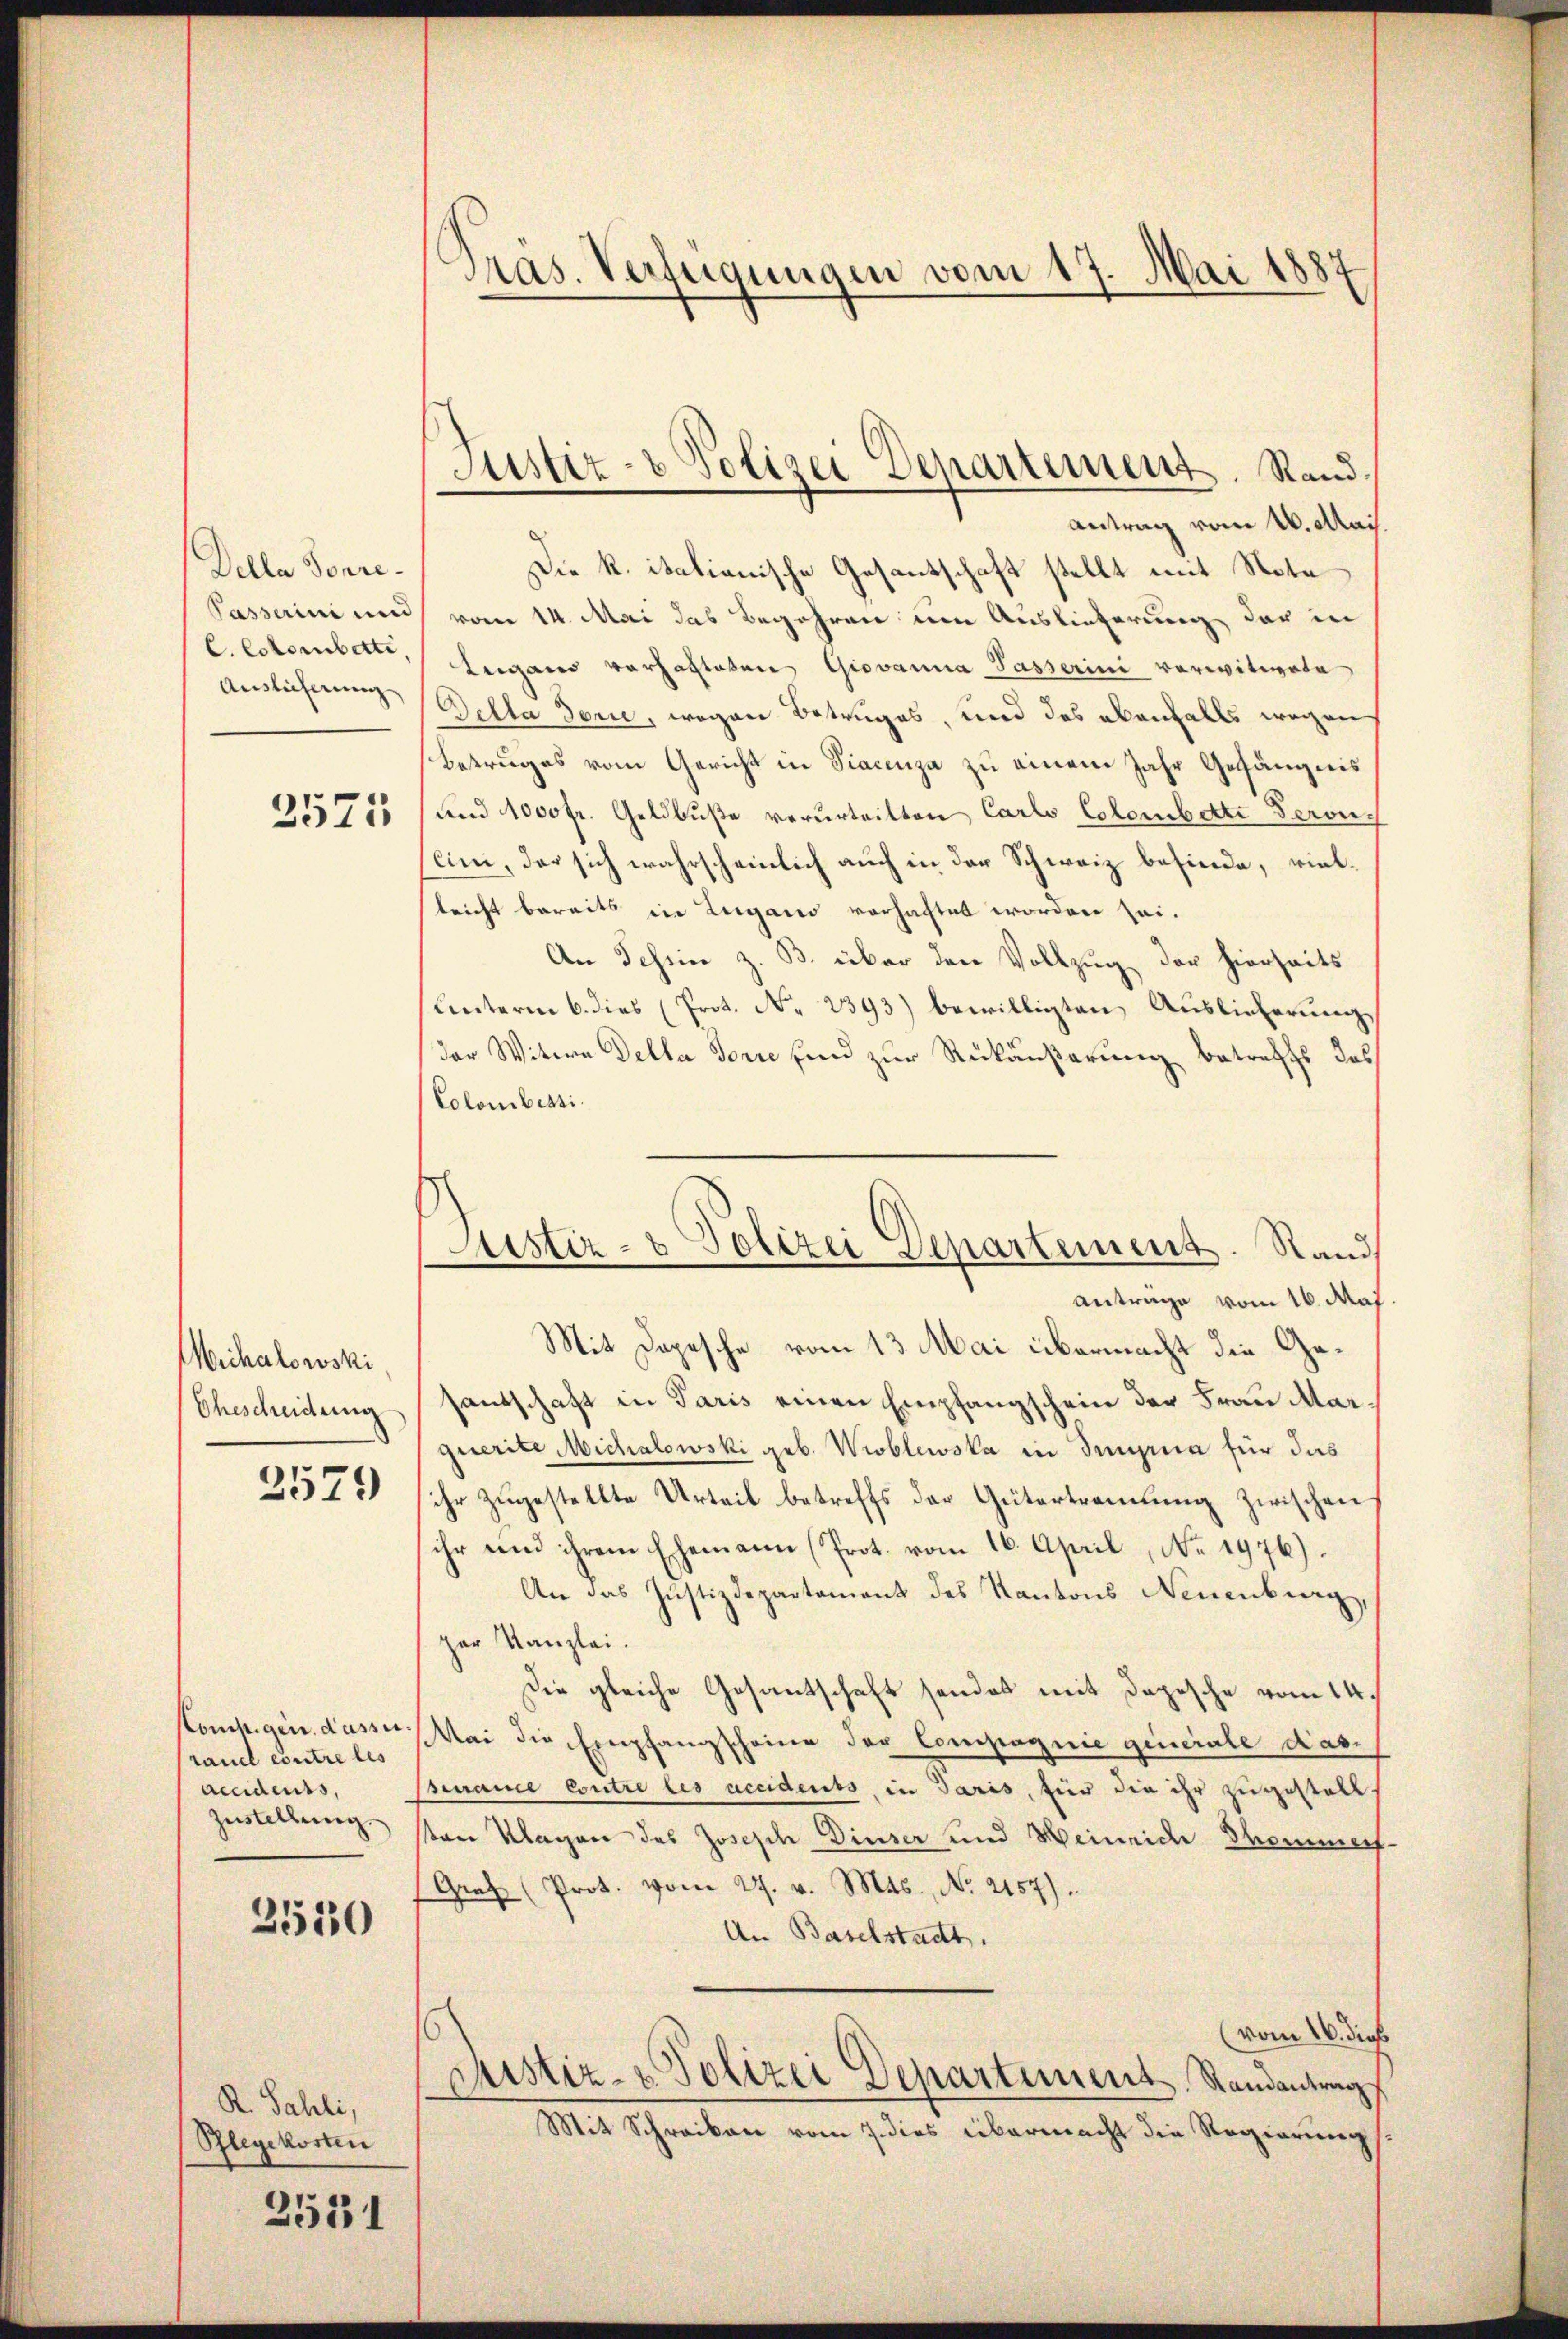
Della Ponre¬
C. Cctombetti
Auslicherung

2571

Mechalowski
Ehescheidung
2579

Komsigen. Dasse.
raudl contre les
accidents,
Zustellung.

2530

R. Sahli,
Plegekosten

2551

Präs. Verfügungen vom 17. Mai 1887

Antrag vom 16. Mai.
Die K. italianische Gesantschaft stellt mit Note
Passerini und vom 14. Mai das Begehren um Auslieferung der in
Lugano vorhalteten Giovanna Tasserini vorwitwete
Della Serie, wegen Betruges, und das ebenfalls wegen
Betruges vom Gericht in Fiacenza zu einem Jahr Gefängnis
und 1000 fr. Geldbuße verurteilten Carlo Esterbette Beron
cini, der sich wahrscheinlich auch in der Schweiz befinde, viellricht bereits in Lugano vorhaftet worden sei.
An Tessin z. B. über den Vollzug der hierseits
Unterm 6. dies (Prot. N. 2393) bewilligten Auslieferung
der Witwe Della Sorre sind zur Rückäußerung betreffs das
Colombersi
Anträge vom 16. Maj
Mit Depesche vom 13. Mai übermacht die Gesantschaft in Paris einen Empfangschein der Frau Marquerite Michalowski geb. Wisblewska in Tungrua für das
ihr zŭgestellte Urteil betreffs der Gütertrandlŭng zwischen
ihr und ihrem Ehemann (Prot. vom 16. April, No. 1976).
An das Justizdepartament des Kantons Neuenburg,
par Kanzlei.
Die gleiche Gesantschaft sondes mit Depesche vom 14.
Mai die Empfangscheine der Compagnie generale das¬
Burance Contre les accidents, in Paris, für die ihr zugestall.
sten Klagen des Joseph Dieser und Weinrich Thommerf
Graf (Prot. vom 27. v. Mts., No. 2157).
An Baselstadt.
(vom 26. dies
Justiz- & Polizei Departement, Randantrag
Mit Schreiben vom 7. dies übermacht die Regierungs

Justiz- & Polizei Departement. Rand.

Justiz- & Polizei Departement. Stand